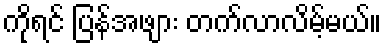
ကိုရင် ပြန်အဖျား တက်လာလိမ့်မယ်။